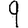
Digit: 9